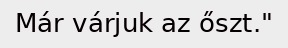
Már várjuk az őszt."